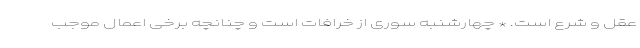
عقل و شرع است. * چهارشنبه سوری از خرافات است و چنانچه برخی اعمال موجب